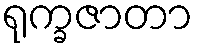
ရုက္ခဇာတာ